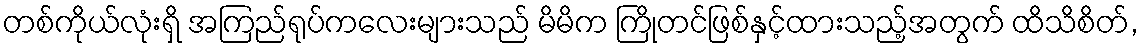
တစ်ကိုယ်လုံးရှိ အကြည်ရုပ်ကလေးများသည် မိမိက ကြိုတင်ဖြစ်နှင့်ထားသည့်အတွက် ထိသိစိတ်,